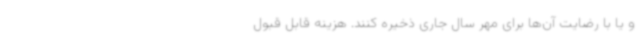
و یا با رضایت آن‌ها برای مهر سال جاری ذخیره کنند. هزینه قابل قبول